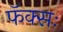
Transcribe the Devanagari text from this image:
फॅक्सः